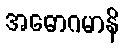
အဓောဂမာနိ